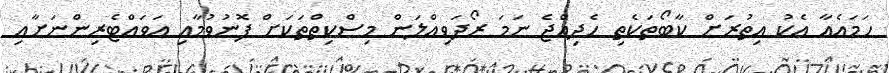
ހަމައެއާ އެކު އިތުރަށް ކާބޯތަކެތި ހެދިއްޖެ ނަމަ ރޯދަވިއްލަން މިސްކިތްތަކަށް ފޮނުވުމާއި އަވައްޓެރިންނަށާއި